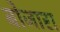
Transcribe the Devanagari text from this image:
बोजारा